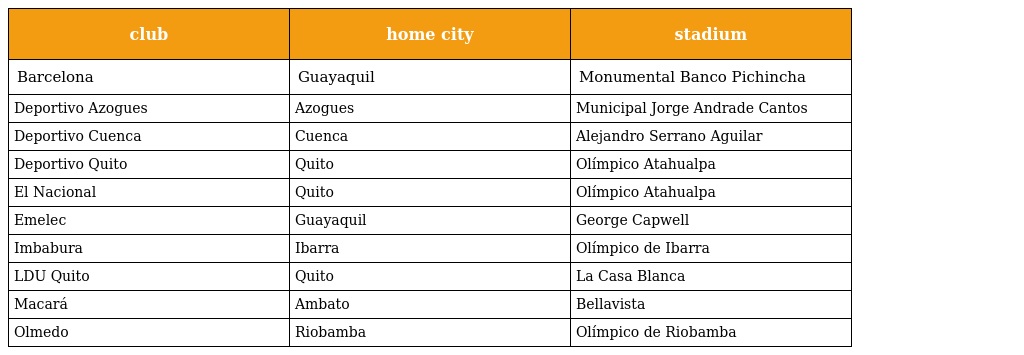
| club | home city | stadium |
 | --- | --- | --- |
 | Barcelona | Guayaquil | Monumental Banco Pichincha |
 | Deportivo Azogues | Azogues | Municipal Jorge Andrade Cantos |
 | Deportivo Cuenca | Cuenca | Alejandro Serrano Aguilar |
 | Deportivo Quito | Quito | Olímpico Atahualpa |
 | El Nacional | Quito | Olímpico Atahualpa |
 | Emelec | Guayaquil | George Capwell |
 | Imbabura | Ibarra | Olímpico de Ibarra |
 | LDU Quito | Quito | La Casa Blanca |
 | Macará | Ambato | Bellavista |
 | Olmedo | Riobamba | Olímpico de Riobamba |